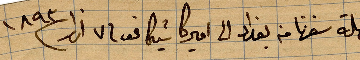
رحلة سفرنا من بغداد الي اميركا شيكاغو في ٧ اذار ١٨٩٣